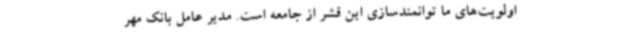
اولویت‌های ما توانمندسازی این قشر از جامعه است. مدیر عامل بانک مهر